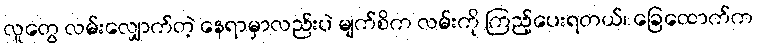
လူတွေ လမ်းလျှောက်တဲ့ နေရာမှာလည်းပဲ မျက်စိက လမ်းကို ကြည့်ပေးရတယ်၊ ခြေထောက်က